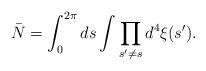
LaTeX: \begin{align*}{\bar N} = \int_0^{2\pi} ds \int \prod_{s' \neq s} d^4\xi(s').\end{align*}